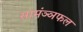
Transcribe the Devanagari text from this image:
सामंञ्ञफल